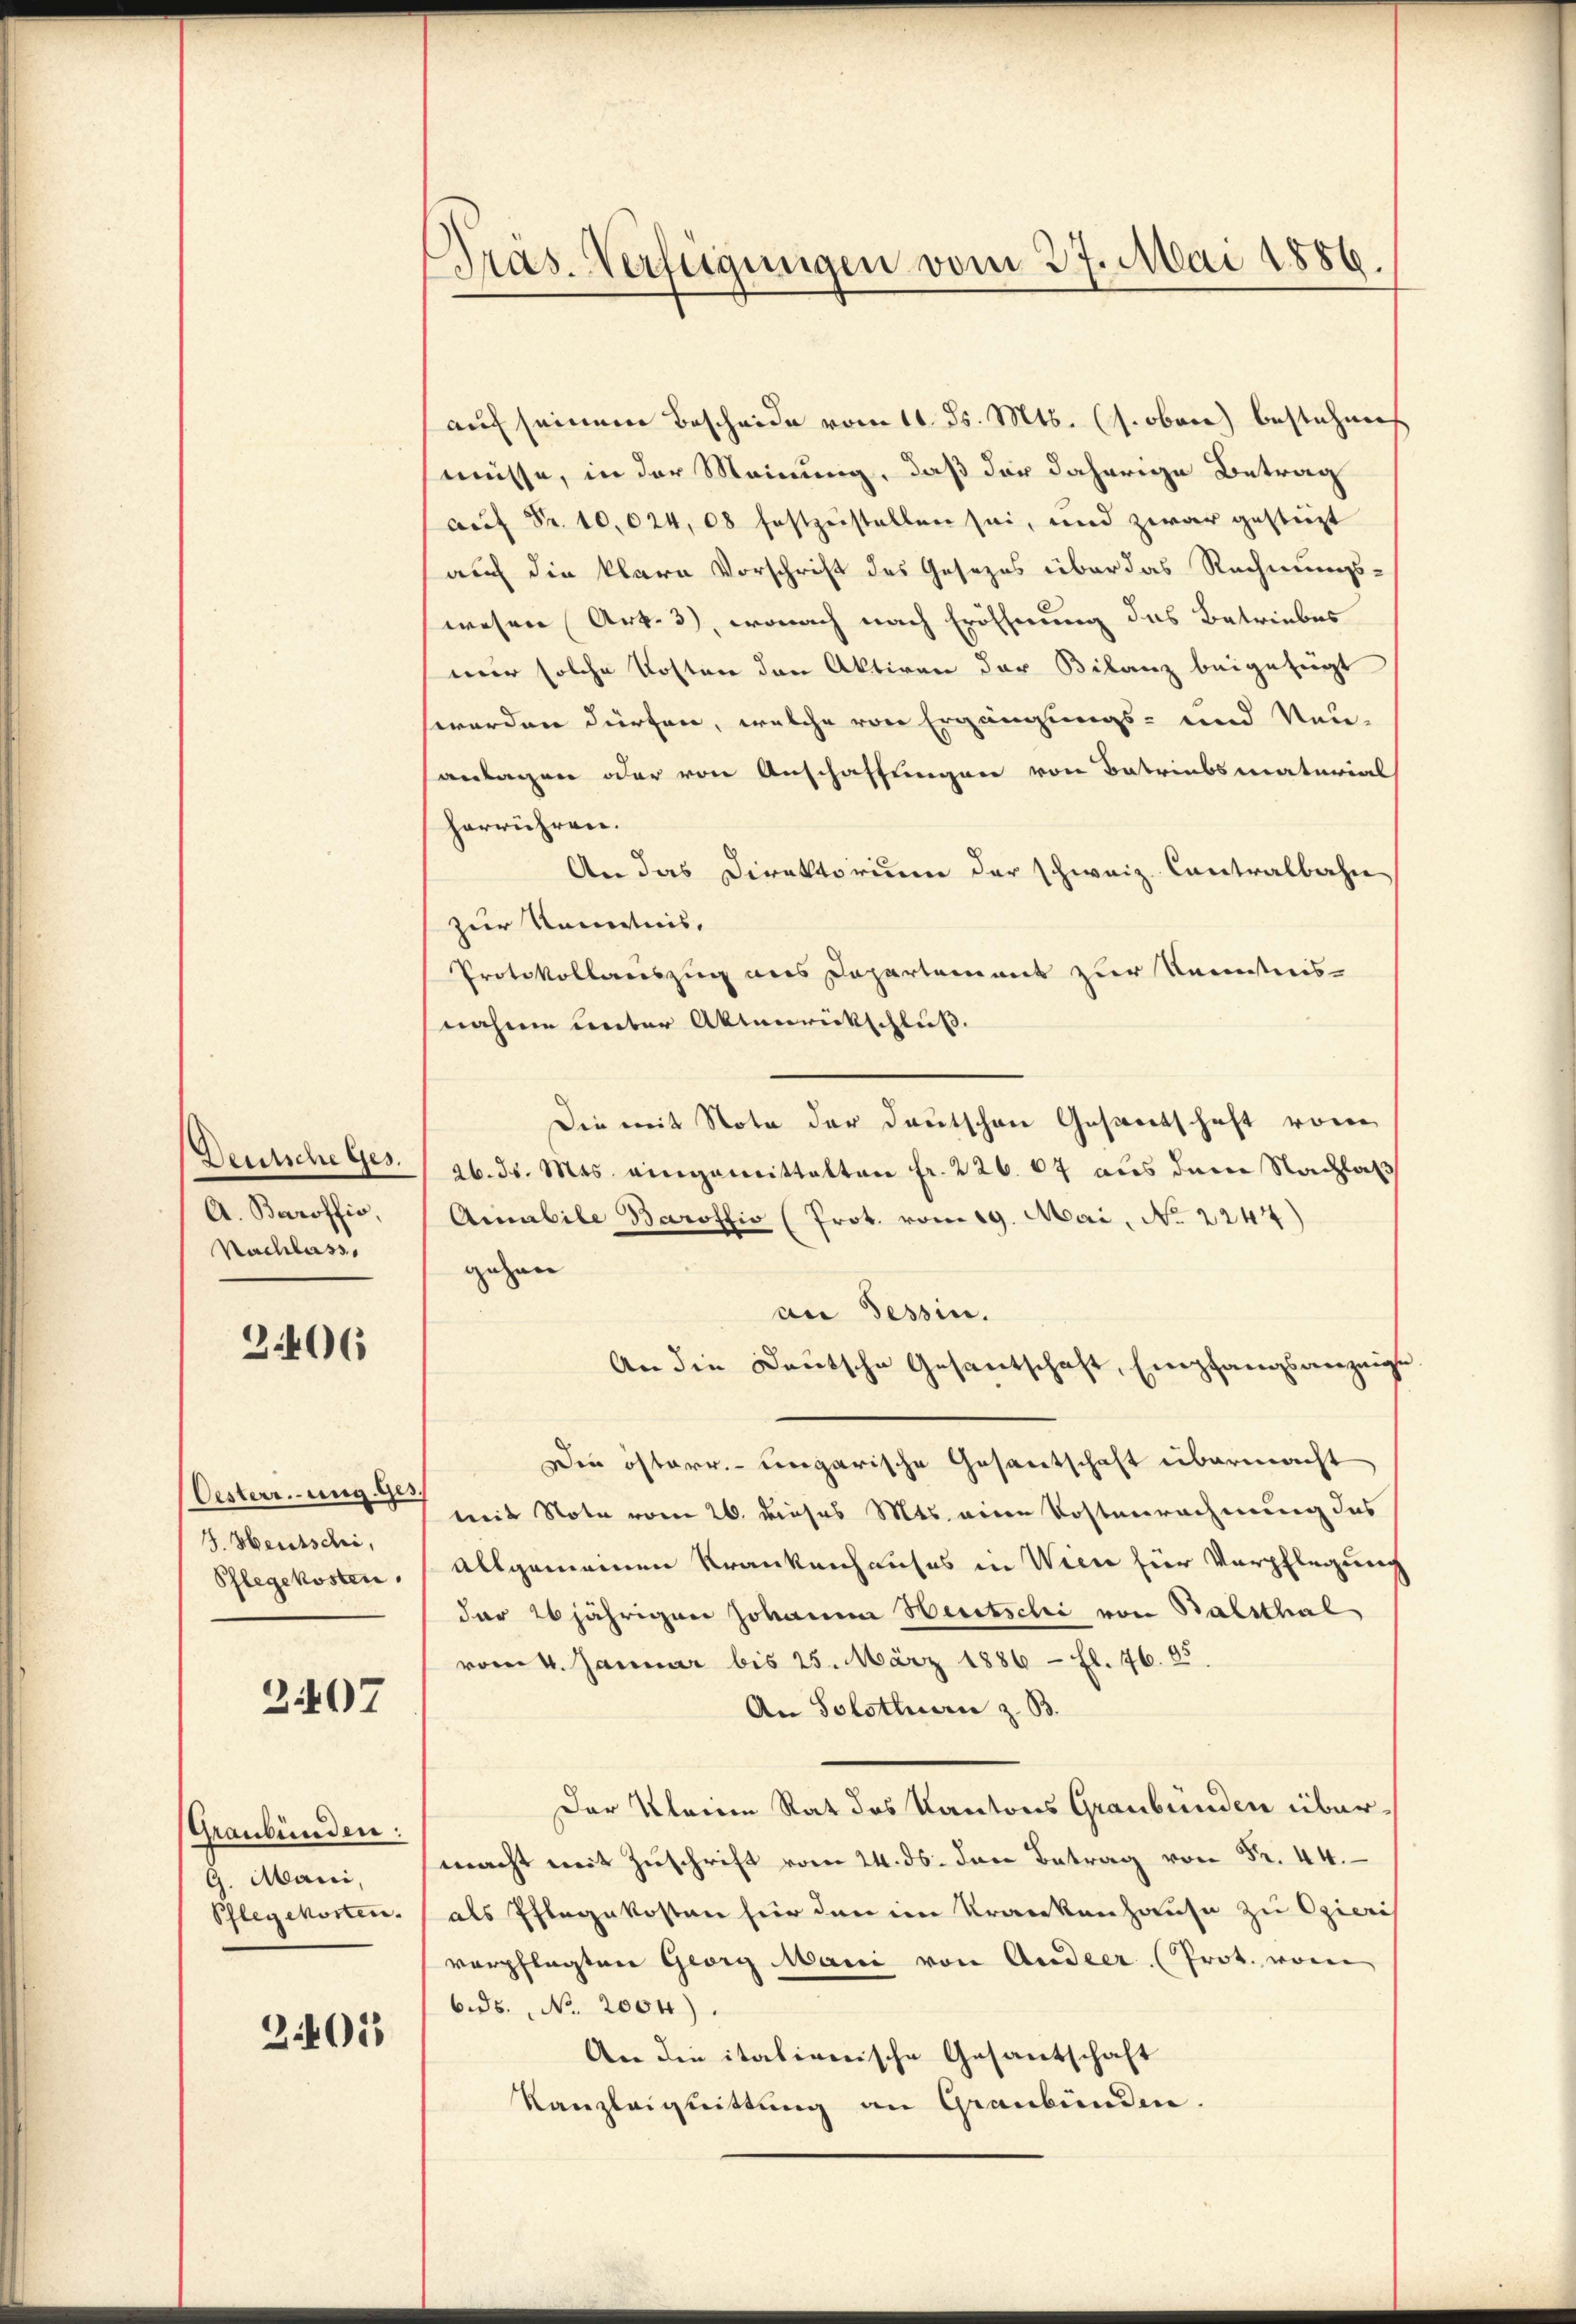
Deutsche Ges.
A. Baroffio,
Nachlass,

2.406

Oesterr.-ung. Ges.
3. Heutschi,
Pflegekosten.

2407

Graubünden:
G. Mairi,
Pflegekosten.

2401

Präs. Verfügungen vom 27. Mai 1886.

auf seinem Bescheide vom 10. ds. Mts. (s. oben) bestehens
müsse, in der Meinung, daß der daherige Betrag
auf Fr. 10,024,08 festzustellen sei, und zwar gestüzt
auch die klare Vorschrift des Gesezes über das Rechnungs-
wesen Art. 3), wonach nach Eröffnung des Betriebes
mir solche Kosten den Aktiven der Bilanz beigefügt
werden dürfen, welche von Ergängungs- und Neu-
sanlagen oder von Anschaffungen von Betriebsmaterial
herrühren.
An das Direktorium der schweiz. Contralbahn
zur Kenntnis,
Protokollauszug aus Departement zur Reinstreis-
nahme unter Aktenrückschluß.
Die mit Note der Deutschen Gesandtschaft vorer
ab. d. Mts. eingemittalten fr. 226. 67 aus dem Nachlaß
Anabile Baroffio (Prot. vom 19. Mai, No 2244)
gehen
an Tessin.
An die Deutsche Gesantschaft, Empfangsanzeige
Die österr. ungarische Gesantschaft übermacht
mit Note vom 26. dieses Mts. anen Kostenrechnung des
allgemeinen Krankenhauses in Wien für Verpflegung
der 20jährigen Johannn Heretschi von Balsthal
vom 4. Januar bis 25. März 1886 - fl. 76. 95.
An Solothurn z. B.
Der Kleine Rat des Kantons Graubünden übermacht mit Zuschrift vom 24. ds. den Betrag . 44
als Pflegekosten hier den im Krankenhause zu Ozieri
verpflegten Georg Mani von Andeer (Prot. von
6.ds. No. 2004).
An die italienische Gesantschaft
Kanzleignittung an Graubünden.